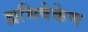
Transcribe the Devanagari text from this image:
ह्यभिषेकेण